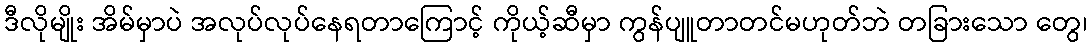
ဒီလိုမျိုး အိမ်မှာပဲ အလုပ်လုပ်နေရတာကြောင့် ကိုယ့်ဆီမှာ ကွန်ပျူတာတင်မဟုတ်ဘဲ တခြားသော တွေ၊